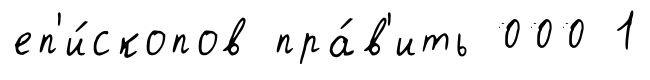
еп'и́скопов пра́в'ить 000 1